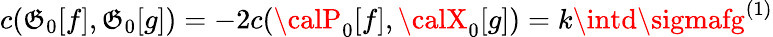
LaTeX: c({\cal\mathfrak{G}}_{0}[f],{\cal\mathfrak{G}}_{0}[g])=-2c({\calP}_{0}[f],{\calX}_{0}[g])=k\intd\sigmafg^{(1)}